Veterinary regulations India, 1925 -
Year: 1925
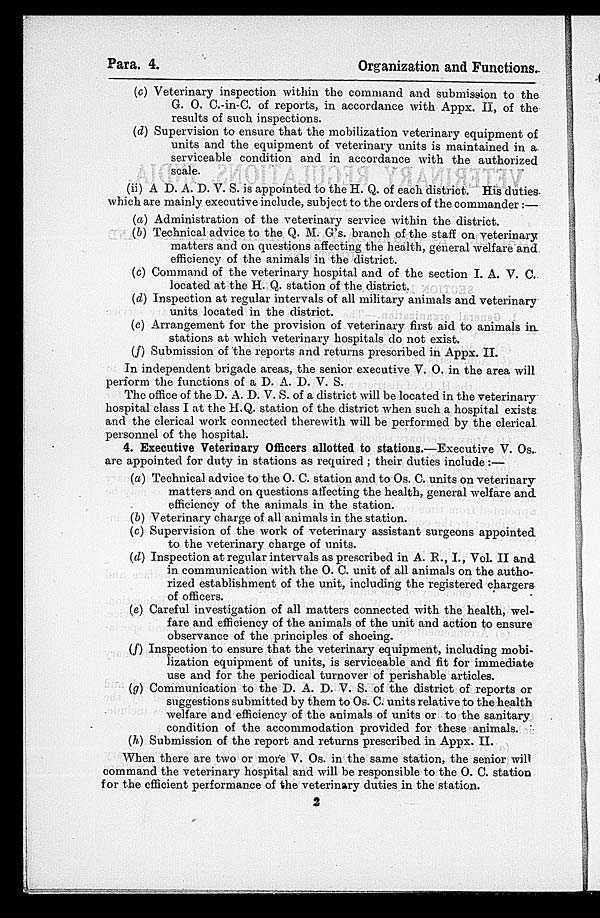
Para. 4.
Organization and Functions.
(c) Veterinary inspection within the command and submission to the
G. O. C.-in-C. of reports, in accordance with Appx. II, of the
results of such inspections.
(d) Supervision to ensure that the mobilization veterinary equipment of
units and the equipment of veterinary units is maintained in a
serviceable condition and in accordance with the authorized
scale.
(ii) A D. A. D. V. S. is appointed to the H. Q. of each district. His duties
which are mainly executive include, subject to the orders of the commander :—
(a) Administration of the veterinary service within the district.
(b) Technical advice to the Q. M. G's. branch of the staff on veterinary
matters and on questions affecting the health, general welfare and
efficiency of the animals in the district.
(c) Command of the veterinary hospital and of the section I. A. V. C.
located at the H. Q. station of the district.
(d) Inspection at regular intervals of all military animals and veterinary
units located in the district.
(c) Arrangement for the provision of veterinary first aid to animals in
stations at which veterinary hospitals do not exist.
(f) Submission of the reports and returns prescribed in Appx. II.
In independent brigade areas, the senior executive V. O. in the area will
perform the functions of a D. A. D. V. S.
The office of the D. A. D. V. S. of a district will be located in the veterinary
hospital class I at the H.Q. station of the district when such a hospital exists
and the clerical work connected therewith will be performed by the clerical
personnel of the hospital.
4. Executive Veterinary Officers allotted to stations.—Executive V. Os.
are appointed for duty in stations as required ; their duties include:—
(a) Technical advice to the O. C. station and to Os. C. units on veterinary
matters and on questions affecting the health, general welfare and
efficiency of the animals in the station.
(b) Veterinary charge of all animals in the station.
(c) Supervision of the work of veterinary assistant surgeons appointed
to the veterinary charge of units.
(d) Inspection at regular intervals as prescribed in A. R., I., Vol. II and
in communication with the O. C. unit of all animals on the autho-
rized establishment of the unit, including the registered chargers
of officers.
(e) Careful investigation of all matters connected with the health, wel-
fare and efficiency of the animals of the unit and action to ensure
observance of the principles of shoeing.
(f) Inspection to ensure that the veterinary equipment, including mobi-
lization equipment of units, is serviceable and fit for immediate
use and for the periodical turnover of perishable articles.
(g) Communication to the D. A. D. V. S. of the district of reports or
suggestions submitted by them to Os. C. units relative to the health
welfare and efficiency of the animals of units or to the sanitary
condition of the accommodation provided for these animals.
(h) Submission of the report and returns prescribed in Appx. II.
When there are two or more V. Os. in the same station, the senior will
command the veterinary hospital and will be responsible to the O. C. station
for the efficient performance of the veterinary duties in the station.
2